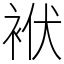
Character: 袱